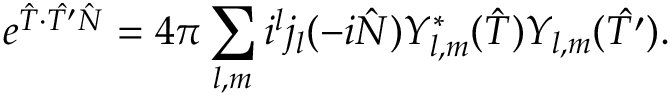
e ^ { \hat { T } \cdot \hat { T ^ { \prime } } \hat { N } } = 4 \pi \sum _ { l , m } i ^ { l } j _ { l } ( - i \hat { N } ) Y _ { l , m } ^ { \ast } ( \hat { T } ) Y _ { l , m } ( \hat { T ^ { \prime } } ) .